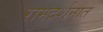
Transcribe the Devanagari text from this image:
रामदर्शनात